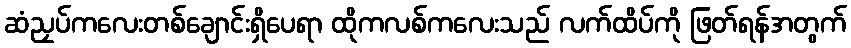
ဆံညှပ်ကလေးတစ်ချောင်းရှိပေရာ ထိုကလစ်ကလေးသည် လက်ထိပ်ကို ဖြတ်ရန်အတွက်